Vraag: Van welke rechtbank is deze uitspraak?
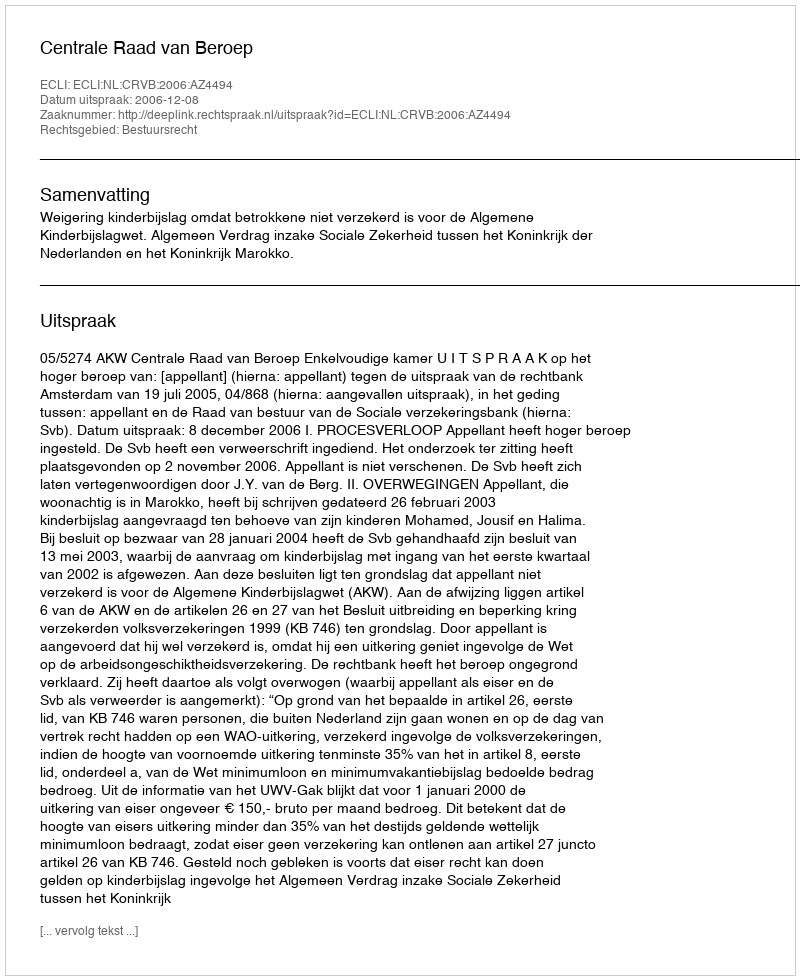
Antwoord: Centrale Raad van Beroep